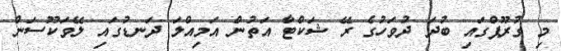
މި ގުރޫޕްގައި ބުދަ ދުވަހުގެ ރޭ ޝަކްޓާ އަތުން އަމިއްލަ ދަނޑުގައި ލޭވަކޫސަން